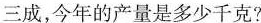
三成，今年的产量是多少千克?